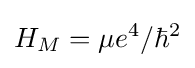
H_{M}=\mu e^{4}/\hbar ^{2}